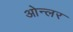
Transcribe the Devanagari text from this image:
ओन्लर